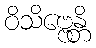
ဝိသိဗ္ဗေန္တိ